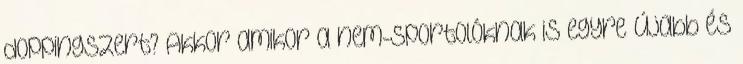
doppingszert? Akkor amikor a nem-sportolóknak is egyre újabb és